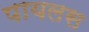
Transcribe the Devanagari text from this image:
पायलस